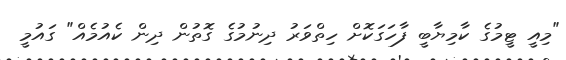
"މިއީ ޓީމުގެ ކާމިޔާބީ ފާހަގަކޮށް ހިތްވަރު ދިނުމުގެ ގޮތުން ދިން ކެއުމެއް" ގައުމީ